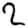
Digit: 2